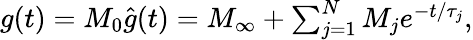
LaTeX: \begin{array}{r}{g(t)=M_{0}\hat{g}(t)=M_{\infty}+\sum_{j=1}^{N}M_{j}e^{-t/\tau_{j}},}\end{array}